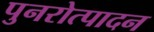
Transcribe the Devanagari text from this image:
पुनरोत्पादन